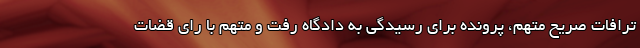
ترافات صریح متهم، پرونده برای رسیدگی به دادگاه رفت و متهم با رای قضات